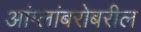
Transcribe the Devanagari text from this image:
आंग्लांबरोबरील